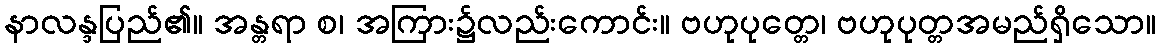
နာလန္ဒပြည်၏။ အန္တရာ စ၊ အကြား၌လည်းကောင်း။ ဗဟုပုတ္တေ၊ ဗဟုပုတ္တအမည်ရှိသော။